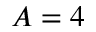
A = 4